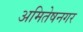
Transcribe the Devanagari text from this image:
अमितेषनगर